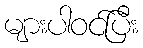
များပါဝင်ပြီး